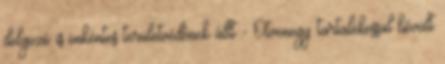
dolgozó is önkéntes területvédőnek állt - Ötvenegy tartalékossal bővült